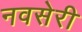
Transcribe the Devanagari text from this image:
नवसेरी